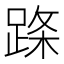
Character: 𬦹